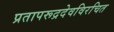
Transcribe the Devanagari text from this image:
प्रतापरूद्रदेवविरचित